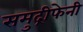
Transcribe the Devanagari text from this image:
समुद्रीफेनी